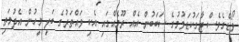
ވޯޑްގެވެސް ޖާގަކުޑަވުމުގެ ސަބަބުން އެއް ރޫމެއްގައި އެކި ވައްތަރުގެ ބަލި މީހުން އެދުމަތި